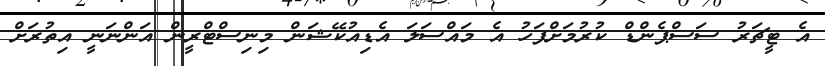
އެ ޓީޗަރު ސަސްޕެންޑް ކުރުމަށްފަހު އެ މައްސަލަ އެޑިއުކޭޝަން މިނިސްޓްރީން އަންނަނީ އިތުރަށް